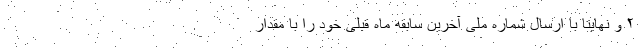
۲ و نهایتاً با ارسال شماره ملی آخرین سابقه ماه قبلی خود را با مقدار